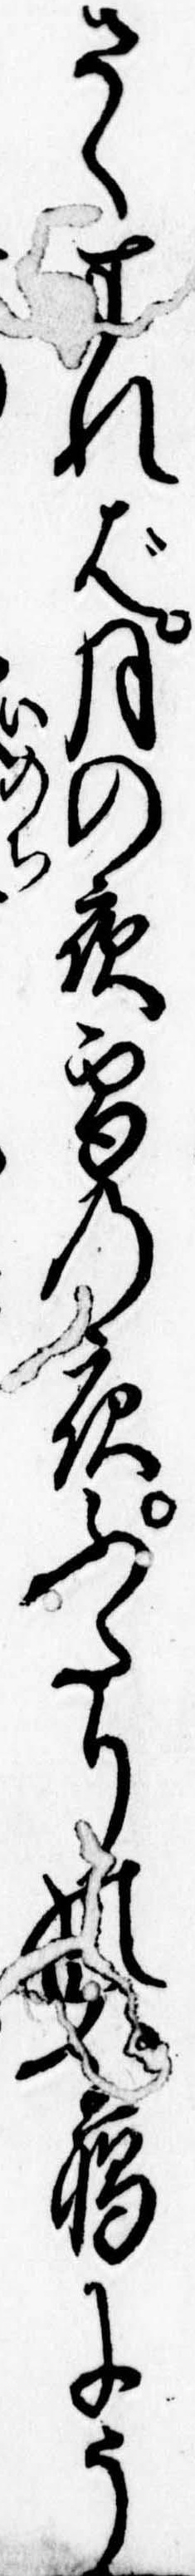
さくすれば月の夜雪の夜ふたりの﨟にう